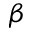
\beta